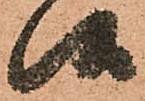
候